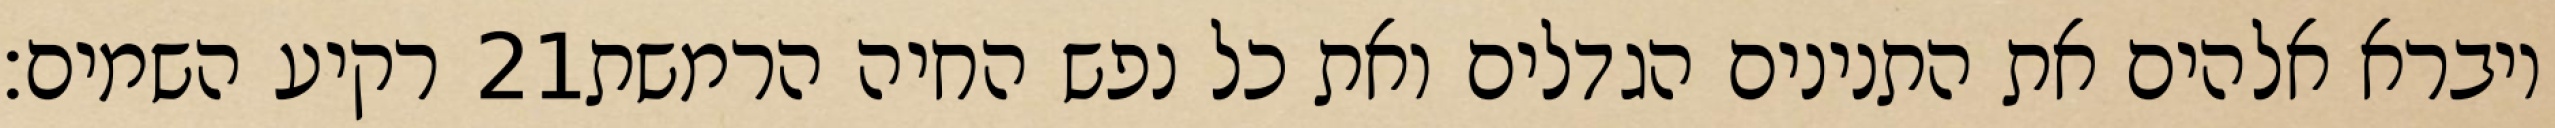
רקיע השמים׃ ‎21‏ ויברא אלהים את התנינים הגדלים ואת כל נפש החיה הרמשת